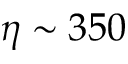
\eta \sim 3 5 0